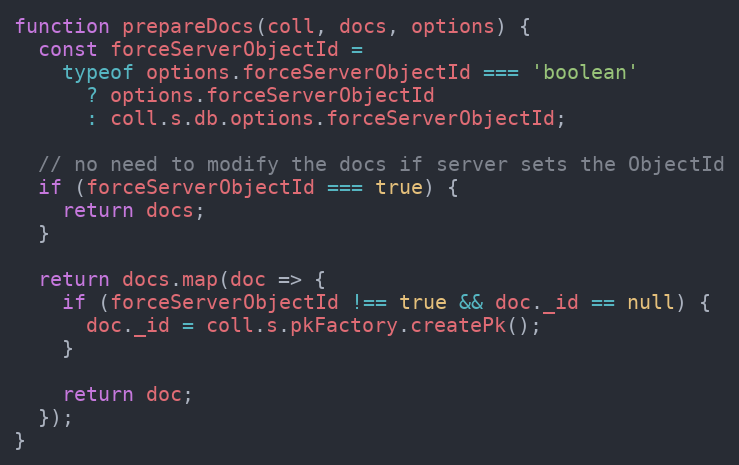
Language: JavaScript
function prepareDocs(coll, docs, options) {
  const forceServerObjectId =
    typeof options.forceServerObjectId === 'boolean'
      ? options.forceServerObjectId
      : coll.s.db.options.forceServerObjectId;

  // no need to modify the docs if server sets the ObjectId
  if (forceServerObjectId === true) {
    return docs;
  }

  return docs.map(doc => {
    if (forceServerObjectId !== true && doc._id == null) {
      doc._id = coll.s.pkFactory.createPk();
    }

    return doc;
  });
}